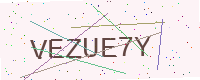
Text: VEZUE7Y